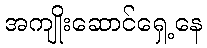
အကျိုးဆောင်ရှေ့နေ